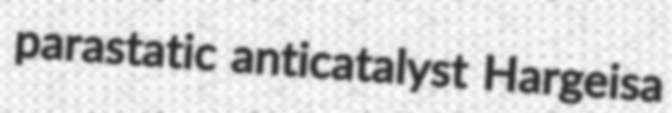
parastatic anticatalyst Hargeisa